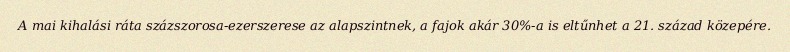
A mai kihalási ráta százszorosa-ezerszerese az alapszintnek, a fajok akár 30%-a is eltűnhet a 21. század közepére.